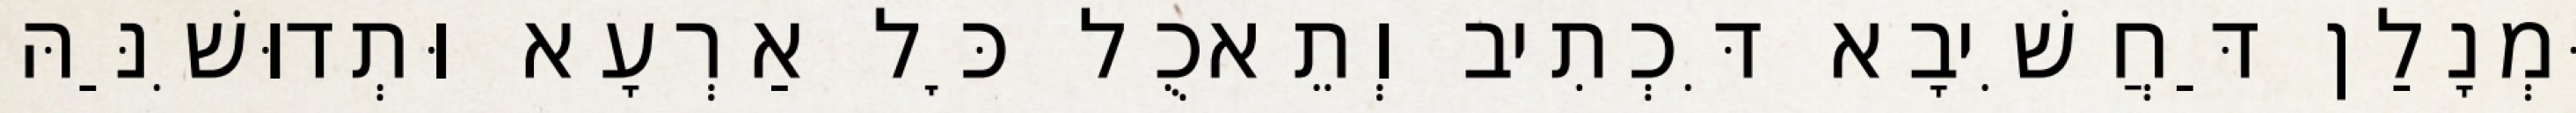
וּמְנָלַן דַּחֲשִׁיבָא דִּכְתִיב וְתֵאכֻל כׇּל אַרְעָא וּתְדוּשִׁנַּהּ